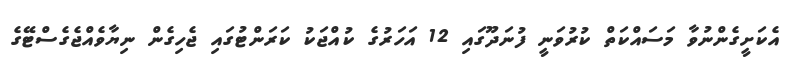
އެކަށީގެންނުވާ މަސައްކަތް ކުރުވަނީ ފުނަދޫގައި 12 އަހަރުގެ ކުއްޖަކު ކަރަންޓުގައި ޖެހިގެން ނިޔާވެއްޖެގެސްޓޭގެ